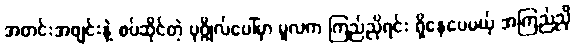
အတင်းအဖျင်းနဲ့ စပ်ဆိုင်တဲ့ ပုဂ္ဂိုလ်ပေါ်မှာ မူလက ကြည်ညိုရင်း ရှိနေပေမယ့် အကြည်ညို